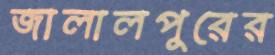
জালালপুরের